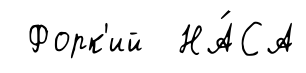
Форк'ий НА́СА